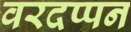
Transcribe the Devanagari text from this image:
वरदप्पन